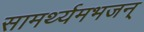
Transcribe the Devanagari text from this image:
सामर्थ्यमभजन्